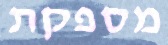
מספקת